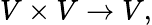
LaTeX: V\times V\to V,